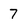
Character: 7